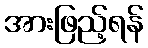
အားဖြည့်ရန်